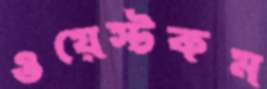
ওয়েস্টকম